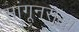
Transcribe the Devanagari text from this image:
सांगूनसुद्धा